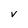
Character: V